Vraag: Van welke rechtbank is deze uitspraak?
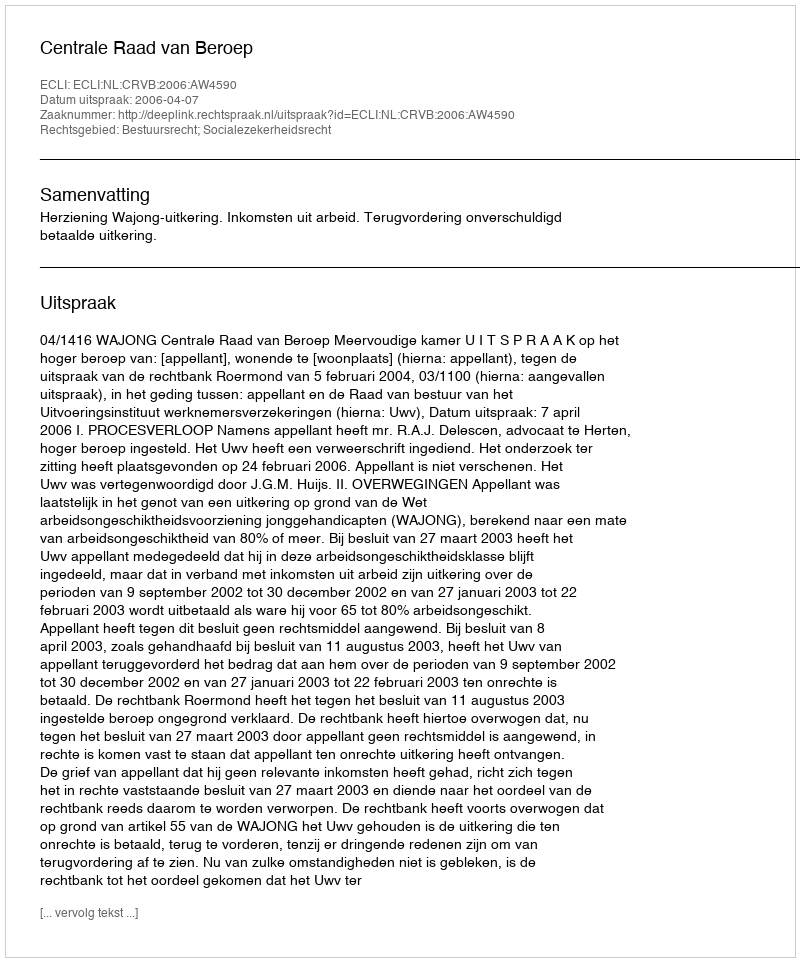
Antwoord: Centrale Raad van Beroep